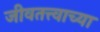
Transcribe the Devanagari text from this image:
जीवतत्त्वाच्या